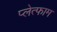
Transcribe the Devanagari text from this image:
प्लेत्फाम